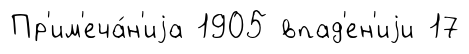
Пр'им'еча́н'иjа 1905 впад'ен'иjи 17